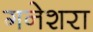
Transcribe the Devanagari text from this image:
गनेशरा